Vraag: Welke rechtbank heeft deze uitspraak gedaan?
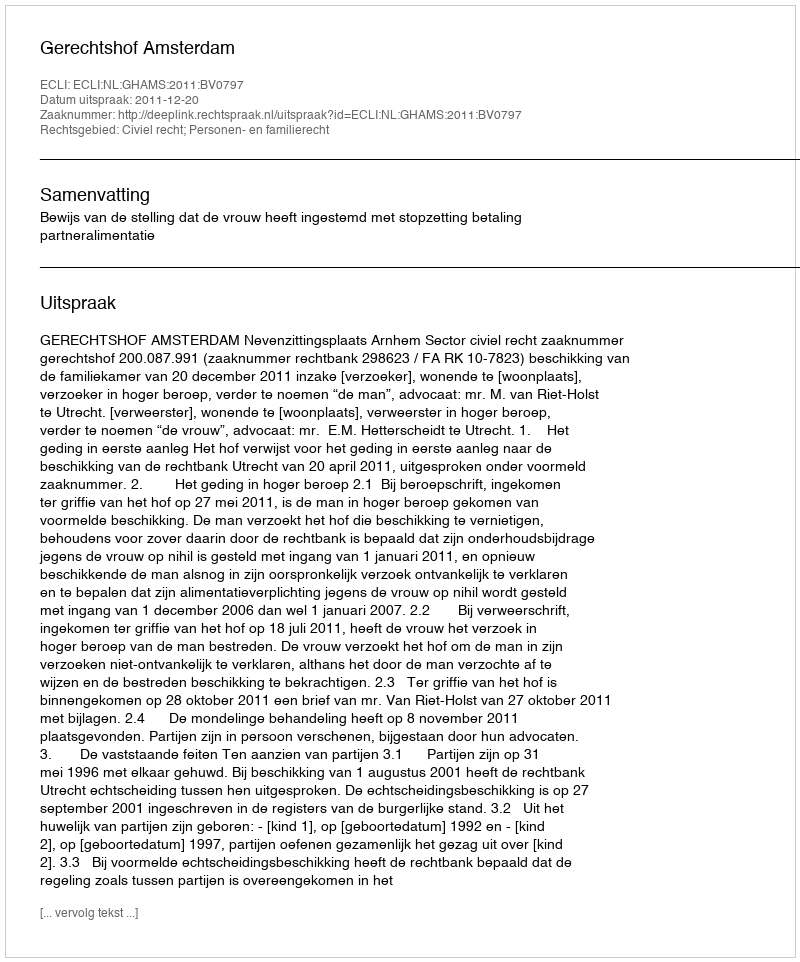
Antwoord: Gerechtshof Amsterdam